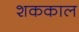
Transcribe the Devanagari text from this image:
शककाल